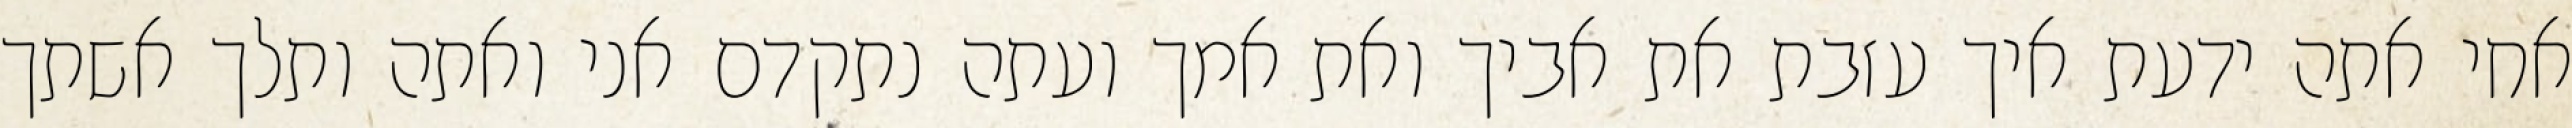
אחי אתה ידעת איך עזבת את אביך ואת אמך ועתה נתקדם אני ואתה ותלך אשתך